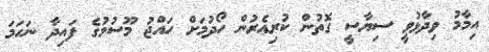
އިމާމު ވިދާޅުވީ ސިޔާސީ ގޮތުން ކުރިއެރުން ހޯދުމަށް ހައްޖު މޫސުމުގެ ފައިދާ ނަހަމަ